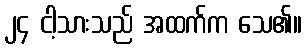
၂၄ ငါ့သားသည် အထက်က သေ၏။